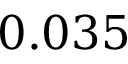
0 . 0 3 5